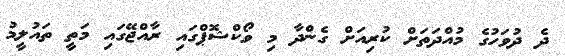
ދެ ދުވަހުގެ މުއްދަތަށް ކުރިއަށް ގެންދާ މި ވޯކްޝޮޕްގައި ރާއްޖޭގައި މަތީ ތައުލީމު